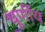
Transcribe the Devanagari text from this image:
चूर्णीय